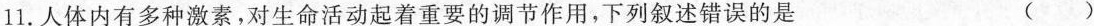
11.人体内有多种激素，对生命活动起着重要的调节作用，下列叙述错误的是 ( )